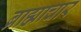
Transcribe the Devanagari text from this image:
ब्राह्माचार